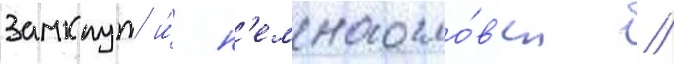
Замкнут и́ н'емногосло́в'ен //